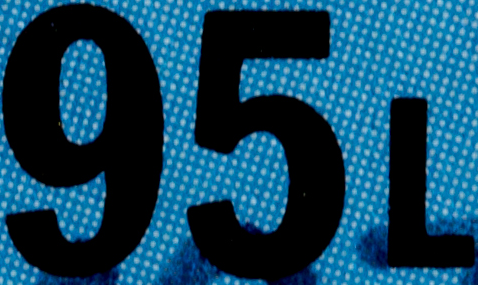
95L